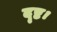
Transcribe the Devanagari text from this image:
दृष्ट।